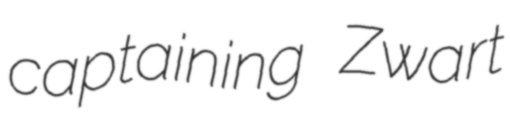
captaining Zwart